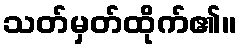
သတ်မှတ်ထိုက်၏။